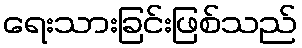
ရေးသားခြင်းဖြစ်သည်